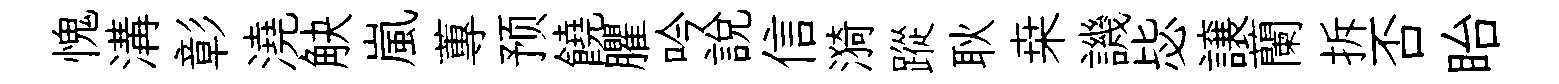
愧溝彰澆觖嵐蓴预饒臞吟說信漪蹤耿桒譏毖譲蘭拆否眙